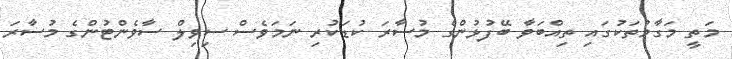
މަތީ މަގާމުތަކުގައި ތިއްބަވާ ބޭފުޅުންގެ މުސާރަ ކުޑަކުރި ނަމަވެސް ސިވިލް ސާވެންޓުންގެ މުސާރަ